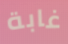
غابة